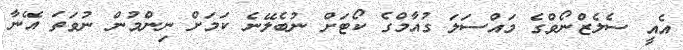
އެއީ ސެލެޒްނޯވްގެ މައްސަލަ ގުއާމްގެ ކޯޓަށް ނުބެލޭނެ ކަމަށް ނިންމުން ނުވަތަ އޭނާ